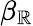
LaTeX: \beta_{\mathbb{R}}